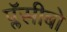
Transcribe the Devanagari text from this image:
प्लॅसीबो